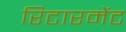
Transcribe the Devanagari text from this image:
रिटारमेंट